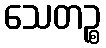
သေတဉ္စ